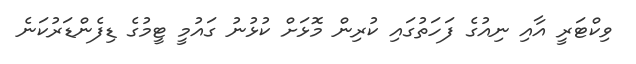
ވިކްޓަރީ އާއި ނިއުގެ ފަހަތުގައި ކުރިން މޮޅަށް ކުޅުނު ގައުމީ ޓީމުގެ ޑިފެންޑަރުކަނެ